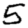
Digit: 5